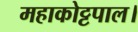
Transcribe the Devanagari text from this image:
महाकोट्टपाल।